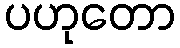
ပဟုတော